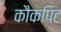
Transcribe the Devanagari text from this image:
कौकपिट